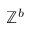
\mathbb { Z } ^ { b }